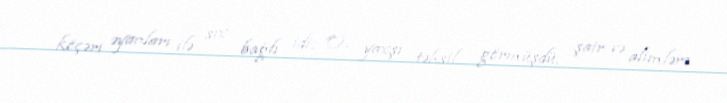
köçəri əyanları ilə sıx bağlı idi. O, yaxşı təhsil görmüşdü, şair və alimlərə